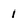
Character: 1